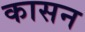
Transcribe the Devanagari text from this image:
कासन